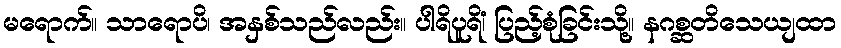
မရောက်။ သာရောပိ၊ အနှစ်သည်လည်း။ ပါရိပူရိံ၊ ပြည့်စုံခြင်းသို့။ နဂစ္ဆတိသေယျထာ